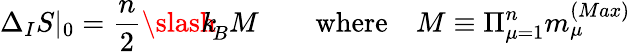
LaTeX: \Delta_{I}S|_{0}=\frac{n}{2}{\slash\! \! \! k}_{\! {B}}M\qquad\mathrm{where}\quad M\equiv\Pi_{\mu=1}^{n}m_{\mu}^{(Max)}